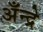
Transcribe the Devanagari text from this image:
अँन्द्रे